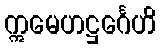
ဣမေဟဋ္ဌင်္ဂေဟိ